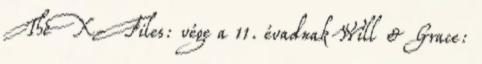
The X-Files: vége a 11. évadnak Will & Grace: